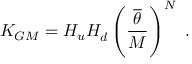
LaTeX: K _ { G M } = H _ { u } ^ { } H _ { d } ^ { } \left( { \frac { \overline { { \theta } } } { M } } \right) ^ { N } \ .